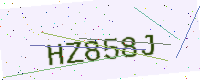
Text: HZ858J